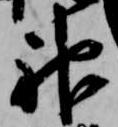
神